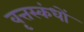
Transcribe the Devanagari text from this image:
वृत्तस्कंधों